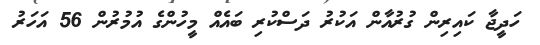
ހަދީޖާ ކައިރިން ގުރުއާން އަކުރު ދަސްކުރި ބައެއް މީހުންގެ އުމުރުން 56 އަހަރު